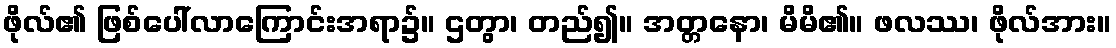
ဖိုလ်၏ ဖြစ်ပေါ်လာကြောင်းအရာ၌။ ဌတွာ၊ တည်၍။ အတ္တနော၊ မိမိ၏။ ဖလဿ၊ ဖိုလ်အား။